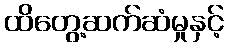
ထိတွေ့ဆက်ဆံမှုနှင့်